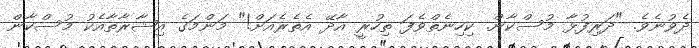
ދެވުނެވެ. "ދަރިފުޅާ މުސްކާން. ކިހިނެތްވެފަ ތިހުރީ އާދޭ އެތެރެއަށް!" މަންމަގެ އިޝާރާތާއެކު މުސްކާން